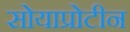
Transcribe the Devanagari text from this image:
सोयाप्रोटीन